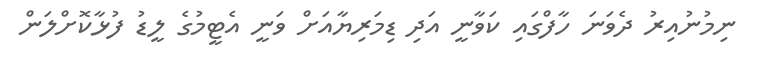
ނިމުނުއިރު ދެވަނަ ހާފްގައި ކަވާނީ އަދި ޑިމަރިޔާއަށް ވަނީ އެޓީމުގެ ލީޑު ފުޅާކޮށްލަން